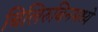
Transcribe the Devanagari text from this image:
बिलिरुबिनमध्ये